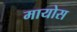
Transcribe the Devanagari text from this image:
मायोस